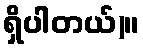
ရှိပါတယ်)။